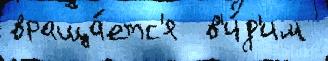
враща́етс'я  в'и́д'им